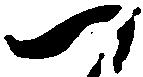
つ